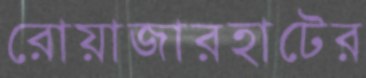
রোয়াজারহাটের